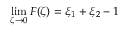
\operatorname* { l i m } _ { \zeta \rightarrow 0 } F ( \zeta ) = \xi _ { 1 } + \xi _ { 2 } - 1